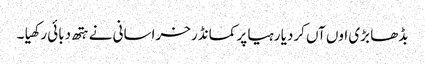
بڈھا بڑی اوں آں کردیا رہیا پر کمانڈر خراسانی نے ہتھ دبائی رکھیا ۔